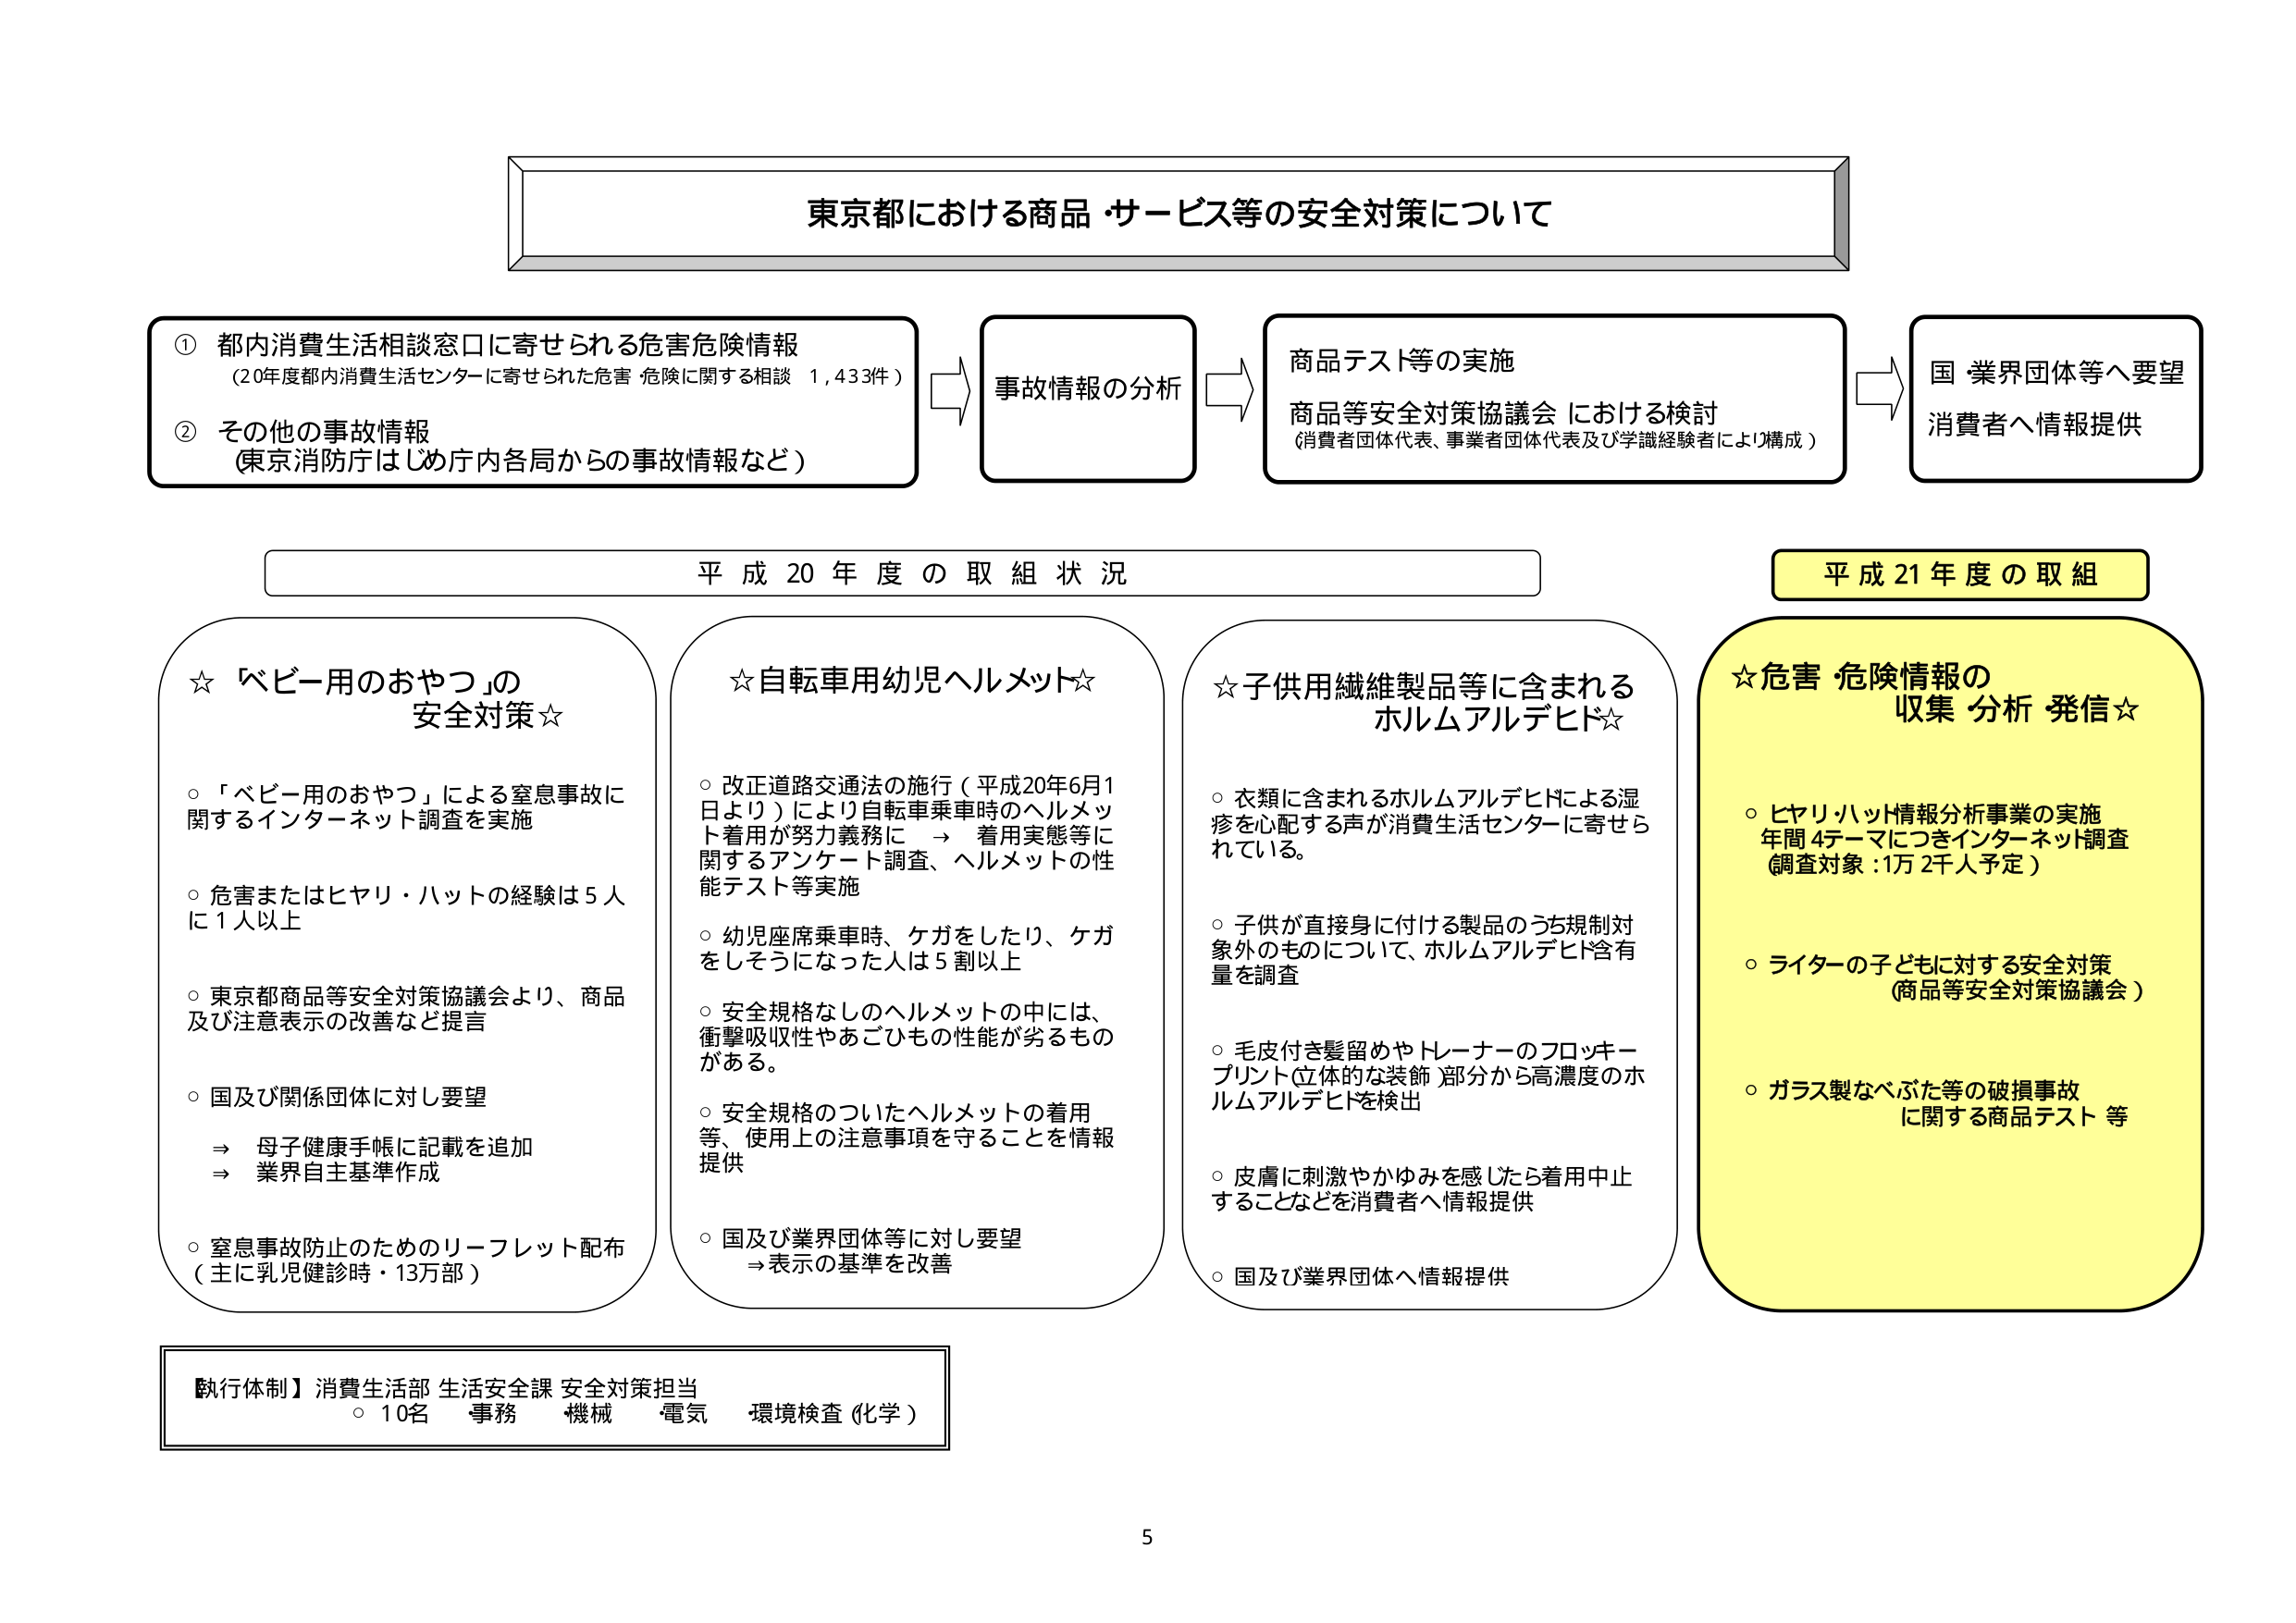
東京都における商品・サービス等の安全対策について

① 都内消費生活相談窓口に寄せられる危害危険情報
（20年度都内消費生活センターに寄せられた危害・危険に関する相談 1,433件）

② その他の事故情報
（東京消防庁はじめ庁内各局からの事故情報など）

事故情報の分析

商品テスト等の実施
商品等安全対策協議会における検討
（消費者団体代表、事業者団体代表及び学識経験者により構成）

国・業界団体等へ要望
消費者へ情報提供

平成20年度の取組状況

☆「ベビー用のおやつ」の安全対策☆
○ 「ベビー用のおやつ」による窒息事故に関するインターネット調査を実施
○ 危害またはヒヤリ・ハットの経験は5人に1人以上
○ 東京都商品等安全対策協議会より、商品及び注意表示の改善など提言
○ 国及び関係団体に対し要望
　⇒ 母子健康手帳に記載を追加
　⇒ 業界自主基準作成
○ 窒息事故防止のためのリーフレット配布
　（主に乳児健診時・13万部）

☆自転車用幼児ヘルメット☆
○ 改正道路交通法の施行（平成20年6月1日より）により自転車乗車時のヘルメット着用が努力義務に → 着用実態等に関するアンケート調査、ヘルメットの性能テスト等実施
○ 幼児座席乗車時、ケガをしたり、ケガをしそうになった人は5割以上
○ 安全規格なしのヘルメットの中には、衝撃吸収性やあごひもの性能が劣るものがある。
○ 安全規格のついたヘルメットの着用等、使用上の注意事項を守ることを情報提供
○ 国及び業界団体等に対し要望
　⇒ 表示の基準を改善

☆子供用繊維製品等に含まれるホルムアルデヒド☆
○ 衣類に含まれるホルムアルデヒドによる湿疹を心配する声が消費生活センターに寄せられている。
○ 子供が直接身に付ける製品のうち規制対象外のものについて、ホルムアルデヒド含有量を調査
○ 毛皮付き髪留めやトレーナーのフロッキープリント立体的な装飾部分から高濃度のホルムアルデヒドを検出
○ 皮膚に刺激やかゆみを感じたら着用中止することなどを消費者へ情報提供
○ 国及び業界団体へ情報提供

平成21年度の取組

☆危害・危険情報の収集・分析・発信☆
○ ヒヤリ・ハット情報分析事業の実施
　年間4テーマにつきインターネット調査
　（調査対象：1万2千人予定）
○ ライターの子どもに対する安全対策
　（商品等安全対策協議会）
○ ガラス製なべ・た等の破損事故に関する商品テスト等

【執行体制】消費生活部 生活安全課 安全対策担当
○ 10名 事務 機械 電気 環境検査（化学）

5